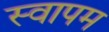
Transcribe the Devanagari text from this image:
स्वापम